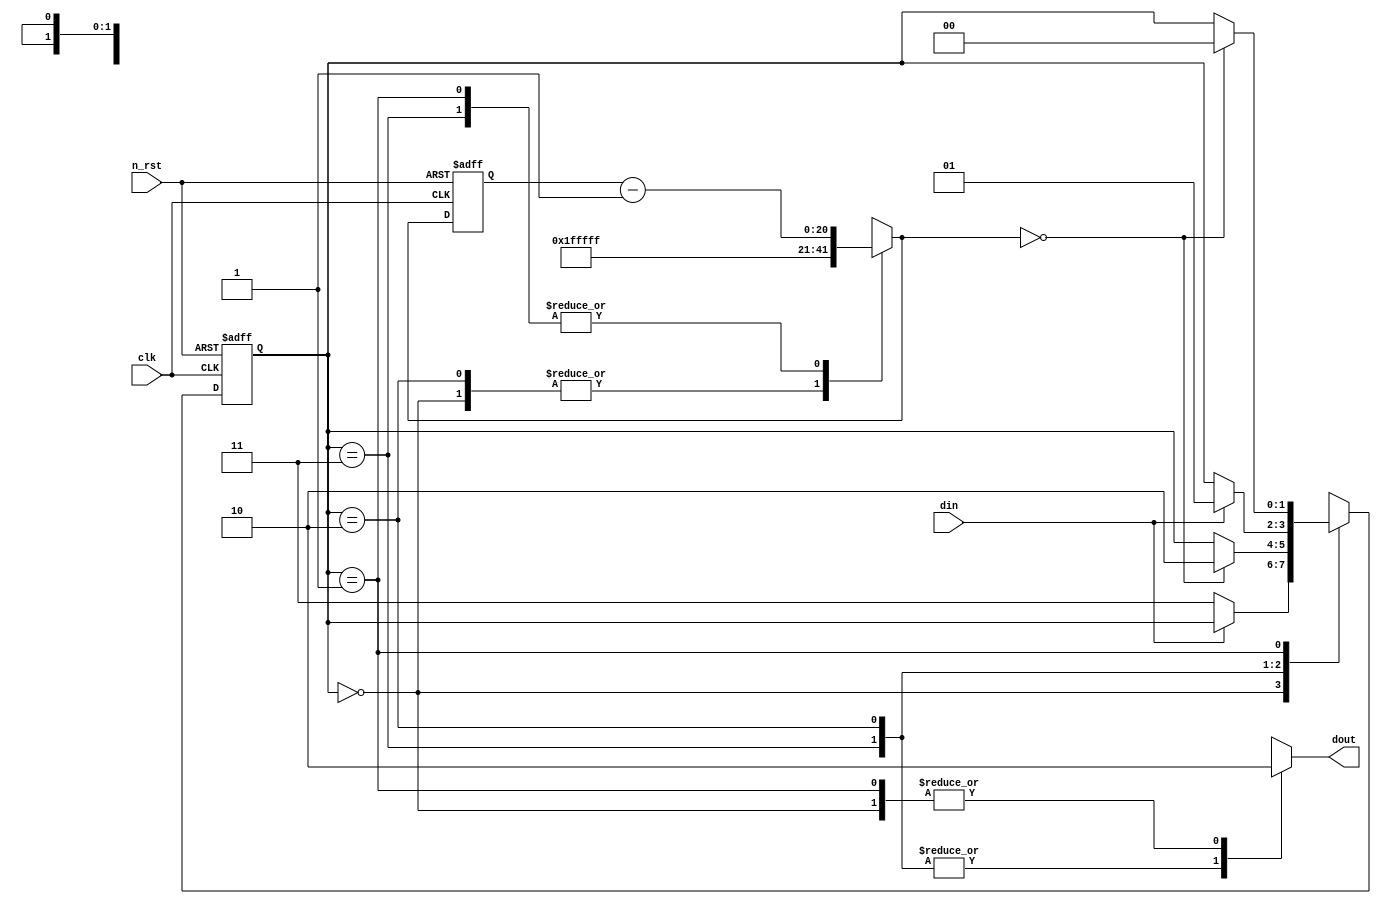
module debounce(
	clk,
	n_rst, 
	din, 
	dout 
);

//parameter T_ONE_SEC = 26'h2FA_F080 = d50_000_000;
//parameter T_20MS = 20'hF_4240 = d1_000_000;
// 2^N * 20 ns = 40 ms
parameter N = 21;
parameter T_20MS = 20'h0_0008;
parameter D_INIT = 1'b0;


input 	clk;
input	n_rst;
input	din;
output 	dout;

localparam [1:0] S_ZERO  = 2'b00;
localparam [1:0] S_WAIT0 = 2'b01;
localparam [1:0] S_ONE   = 2'b10;
localparam [1:0] S_WAIT1 = 2'b11;

reg [1:0] state, next_state;
reg [N-1:0] cnt, next_cnt;

always @(posedge clk or negedge n_rst)
	if(!n_rst) begin
		state <= S_ZERO;
		//state <= S_ONE;
		cnt   <= 1'b0;
	end
	else begin
		state <= next_state;
		cnt <= next_cnt;
	end

reg db_level;
always @(state or cnt or din or next_cnt) 	
	case (state)
		S_ZERO : begin
		  //start counting when din = 1'b0 (push -> 0)
			next_state = (din == 1'b0)? S_WAIT1 : state;
			next_cnt = {N{1'b1}};
			//din  PUSH_OFF: 1, PUSH_ON: 0  ->  dout  PUSH_OFF: 0, PUSH_ON: 1
			//for edge detection
			db_level = 1'b0;
		end
		S_WAIT1   : begin
			next_state = (next_cnt == {N{1'b0}})? S_ONE : state;
			next_cnt   = cnt - {{(N-1){1'b0}},1'b1};
			db_level = 1'b1;
		end
		S_ONE : begin
			next_state = (din == 1'b1)? S_WAIT0 : state;
			next_cnt = {N{1'b1}};
			db_level = 1'b1;
		end
		S_WAIT0 : begin
			next_state = (next_cnt == {N{1'b0}})? S_ZERO : state;
			next_cnt   = cnt - {{(N-1){1'b0}},1'b1};
			db_level = 1'b0;
		end
		default  : begin
			next_state = S_ZERO;
			next_cnt = cnt;
			db_level = 1'b0;
		end
	endcase

assign dout = db_level;	

endmodule